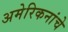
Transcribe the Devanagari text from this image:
अमेरिकनांचे